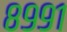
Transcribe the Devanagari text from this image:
८९९१